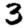
Digit: 3